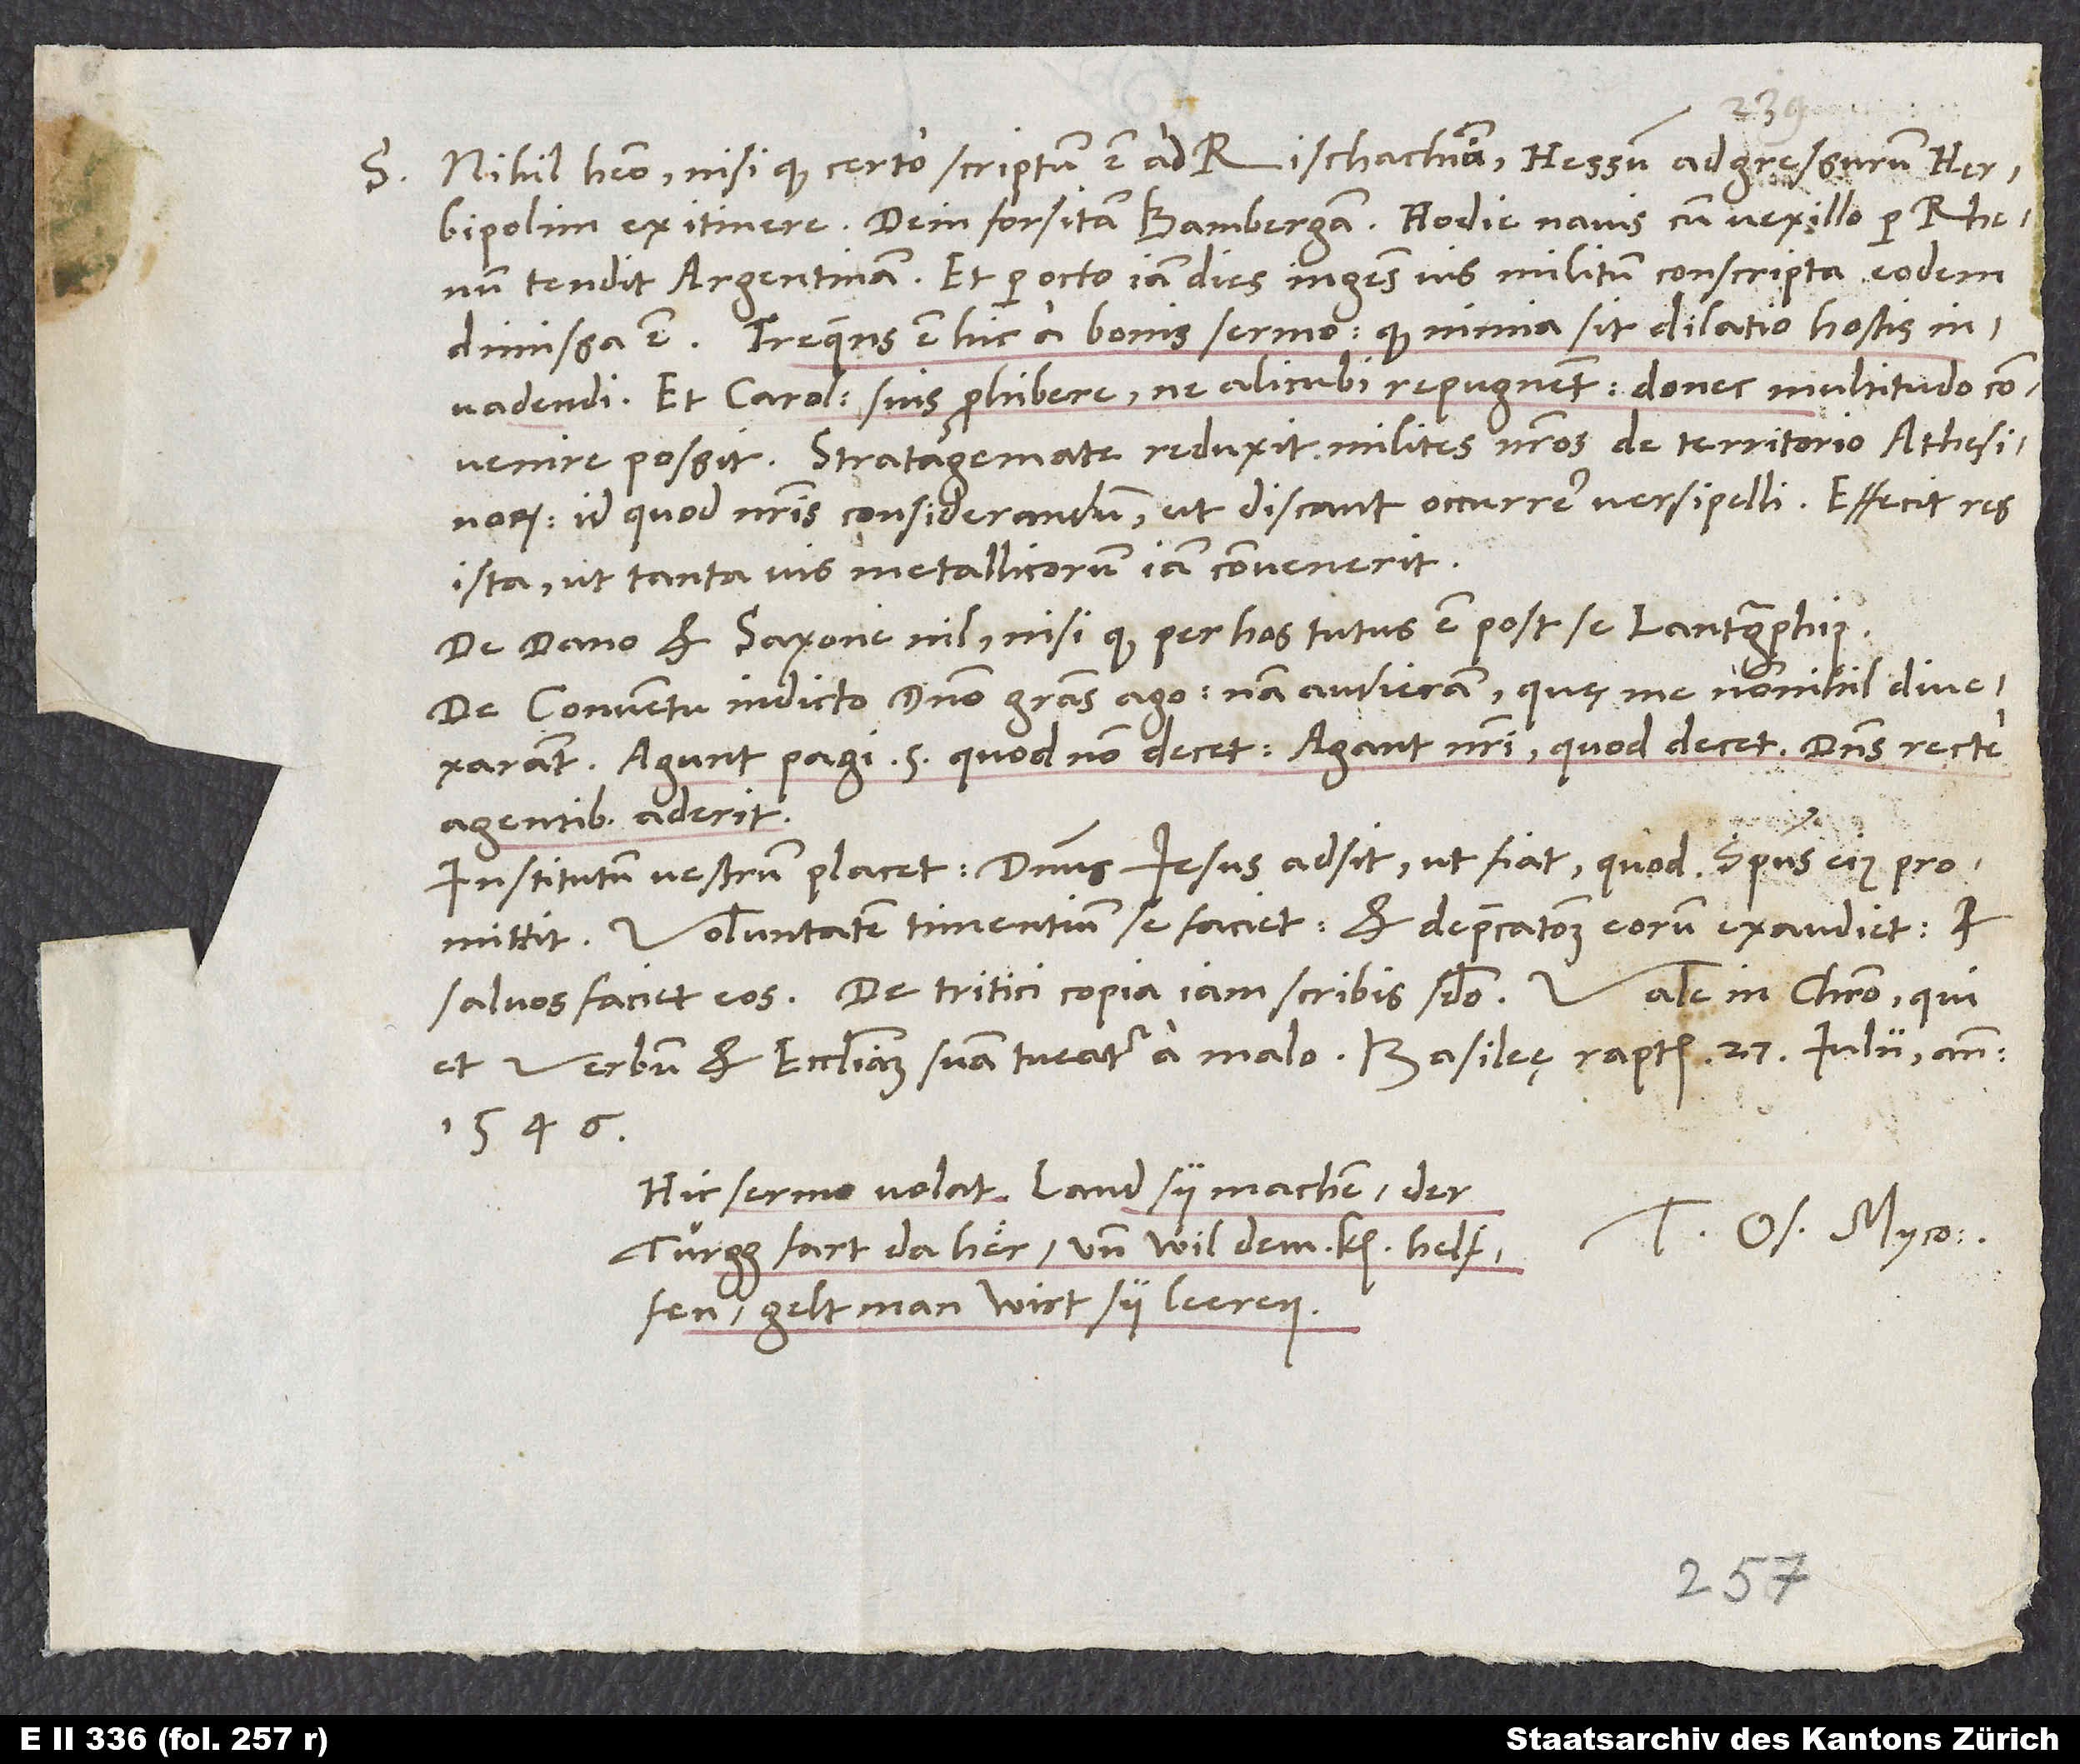
S.

Nihil habeo, nisi quod certo scriptum est ad Rischachium Hessum adgressurum Herbipolim
tendit Argentinam, et per octo iam dies ingens vis militum conscripta eodem
Frequens est hic a bonis sermo, quod nimia sit dilatio hostis
invadendi, et Carolum suis prohibere, ne alicubi repugnent, donec multitudo
convenire possit. Stratagemate reduxit milites nostros de territorio Athesinorum,
id quod nostris considerandum, ut discant occurrere versipelli. Effecit res
ista, ut tanta vis metallicorum iam convenerit.
De Dano et Saxone nil, nisi quod per hos tutus est post se lantgraphius.
De conventu indicto domino gratias ago. Nam audieram, quę me nonnihil divexarant.
Agunt Pagi 5, quod non decet. Agant nostri, quod decet!
agentibus aderit.
Institutum vestrum placet. Dominus Iesus adsit, ut fiat, quod spiritus eius
promittit. Voluntatem timentium se faciet et deprecationem eorum exaudiet et
Vale in Christo, qui
et verbum et ecclesiam suam tueatur a malo. Basileę raptim, 27. iulii anno
1546.
Hic sermo volat: „Land sy machen, der
Tuus Os. Myco.
Turgg fart da her und wil dem kaiser helffen,
gelt, man wirt sy leeren.“